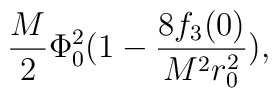
\frac{M}{2} \Phi^2_0 (1 -\frac{8 f_{3}(0)}{M^2 r_0^2} ),